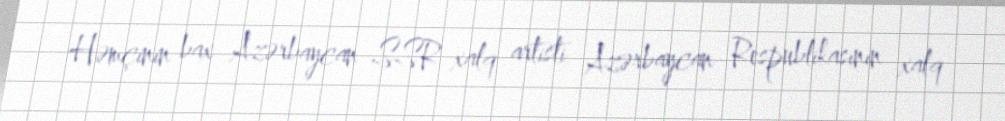
Həmçinin bax Azərbaycan SSR xalq artisti Azərbaycan Respublikasının xalq